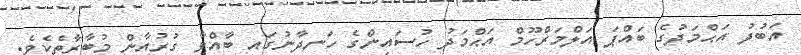
އަބުދު އަޙްމަދުގެ ބައްޕަ އަލްމަރްހޫމް އަޙްމަދު ހުސައިންގެ ހަނދާނުގައި ބާއްވާ ގުރުއާން މުބާރާތެކެވެ.